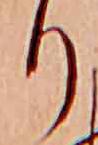
り